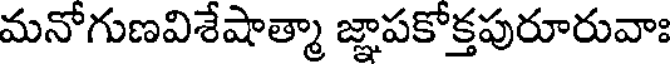
మనోగుణవిశేషాత్మా జ్ఞాపకోక్తపురూరువాః